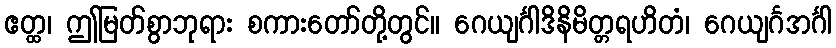
ဧတ္ထ၊ ဤမြတ်စွာဘုရား စကားတော်တို့တွင်။ ဂေယျင်္ဂါဒိနိမိတ္တရဟိတံ၊ ဂေယျင်္ဂအင်္ဂါ